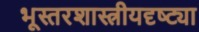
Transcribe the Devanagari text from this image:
भूस्तरशास्त्रीयदृष्ट्या